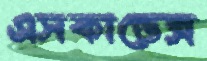
এসকান্ডেক্স